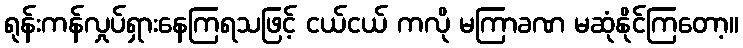
ရုန်းကန်လှုပ်ရှားနေကြရသဖြင့် ငယ်ငယ် ကလို မကြာခဏ မဆုံနိုင်ကြတော့။